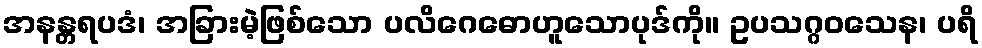
အနန္တရပဒံ၊ အခြားမဲ့ဖြစ်သော ပလိဂေဓောဟူသောပုဒ်ကို။ ဥပသဂ္ဂဝသေန၊ ပရိ